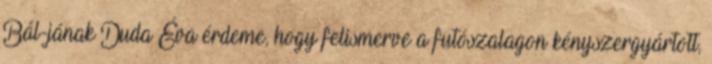
Bál-jának Duda Éva érdeme, hogy felismerve a futószalagon kényszergyártott,